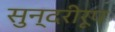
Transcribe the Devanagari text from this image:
सुन्दरीरूप